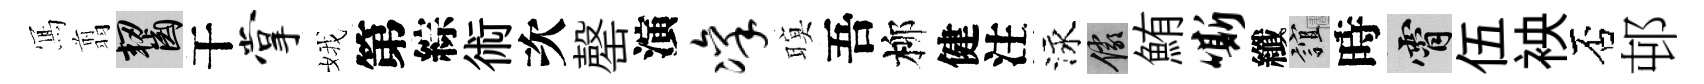
𭂁翦齧干掌娥第綜術次罄演凛暝吾柳健注泳儼鮪嘶纖誼時霄伍䘧否邨